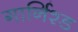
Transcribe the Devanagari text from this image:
गार्निश्ड